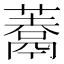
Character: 𩱀